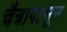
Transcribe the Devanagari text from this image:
चैत्रापासून